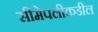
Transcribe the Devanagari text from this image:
सीमेपलीकडील